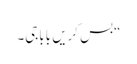
“بس کریں باباجی۔